Annual report of the Punjab Veterinary College and of the Civil Veterinary Department, Punjab - 1909-1919
Year: 1909
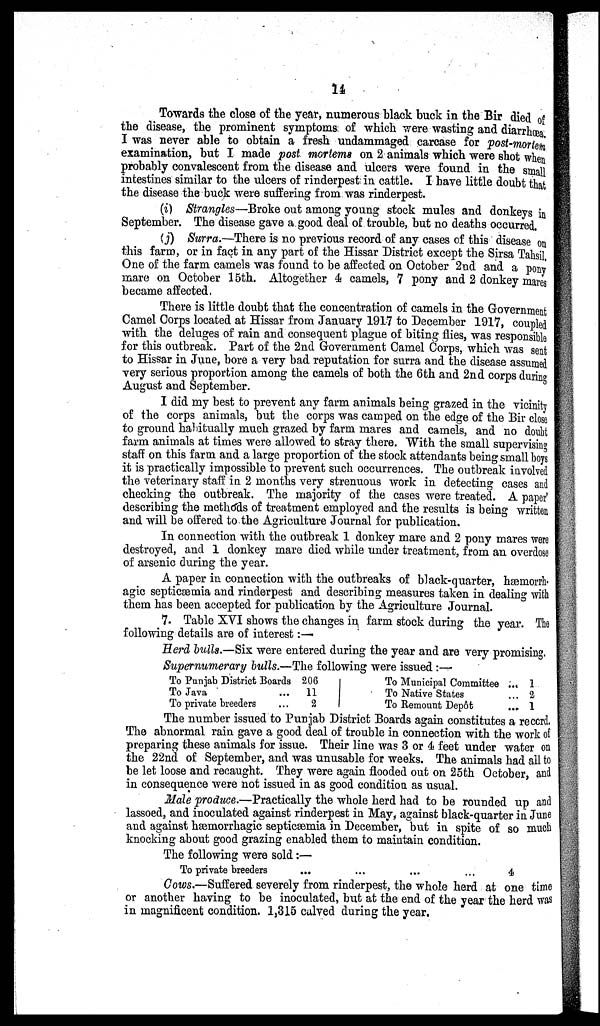
14
Towards the close of the year, numerous black buck in the Bir died of
the disease, the prominent symptoms of which were wasting and diarrhœa.
I was never able to obtain a fresh undammaged carcase for post-mortem
examination, but I made post mortems on 2 animals which were shot when
probably convalescent from the disease and ulcers were found in the small
intestines similar to the ulcers of rinderpest in cattle. I have little doubt that
the disease the buck were suffering from was rinderpest.
(i) Strangles—Broke out among young stock mules and donkeys in
September. The disease gave a good deal of trouble, but no deaths occurred.
(j) Surra.—There is no previous record of any cases of this disease on
this farm, or in fact in any part of the Hissar District except the Sirsa Tahsil,
One of the farm camels was found to be affected on October 2nd and a pony
mare on October 15th. Altogether 4 camels, 7 pony and 2 donkey mares
became affected.
There is little doubt that the concentration of camels in the Government
Camel Corps located at Hissar from January 1917 to December 1917, coupled
with the deluges of rain and consequent plague of biting flies, was responsible
for this outbreak. Part of the 2nd Government Camel Corps, which was sent
to Hissar in June, bore a very bad reputation for surra and the disease assumed
very serious proportion among the camels of both the 6th and 2nd corps during
August and September.
I did my best to prevent any farm animals being grazed in the vicinity
of the corps animals, but the corps was camped on the edge of the Bir close
to ground habitually much grazed by farm mares and camels, and no doubt
farm animals at times were allowed to stray there. With the small supervising
staff on this farm and a large proportion of the stock attendants being small boys
it is practically impossible to prevent such occurrences. The outbreak involved
the veterinary staff in 2 months very strenuous work in detecting cases and
checking the outbreak. The majority of the cases were treated. A paper'
describing the methods of treatment employed and the results is being written
and will be offered to the Agriculture Journal for publication.
In connection with the outbreak 1 donkey mare and 2 pony mares were
destroyed, and 1 donkey mare died while under treatment, from an overdose
of arsenic during the year.
A paper in connection with the outbreaks of black-quarter, hæmorrh¬
agic septicæmia and rinderpest and describing measures taken in dealing with
them has been accepted for publication by the Agriculture Journal.
7. Table XVI shows the changes in farm stock during the year. The
following details are of interest :—
Herd bulls.—Six were entered during the year and are very promising.
Supernumerary bulls.—The following were issued:—
To Punjab District Boards
To Java ...
To private breeders ...
206
11
2
To Municipal Committee ...
To Native States ...
To Remount Depôt ...
1
2
1
The number issued to Punjab District Boards again constitutes a record.
The abnormal rain gave a good deal of trouble in connection with the work of
preparing these animals for issue. Their line was 3 or 4 feet under water on
the 22nd of September, and was unusable for weeks. The animals had all to
be let loose and recaught. They were again flooded out on 25th October, and
in consequence were not issued in as good condition as usual.
Male produce.—Practically the whole herd had to be rounded up and
lassoed, and inoculated against rinderpest in May, against black-quarter in June
and against hæmorrhagic septicæmia in December, but in spite of so much
knocking about good grazing enabled them to maintain condition.
The following were sold:—
To private breeders
...
...
...
...
4
Cows.—Suffered severely from rinderpest, the whole herd at one time
or another having to be inoculated, but at the end of the year the herd was
in magnificent condition. 1,315 calved during the year.